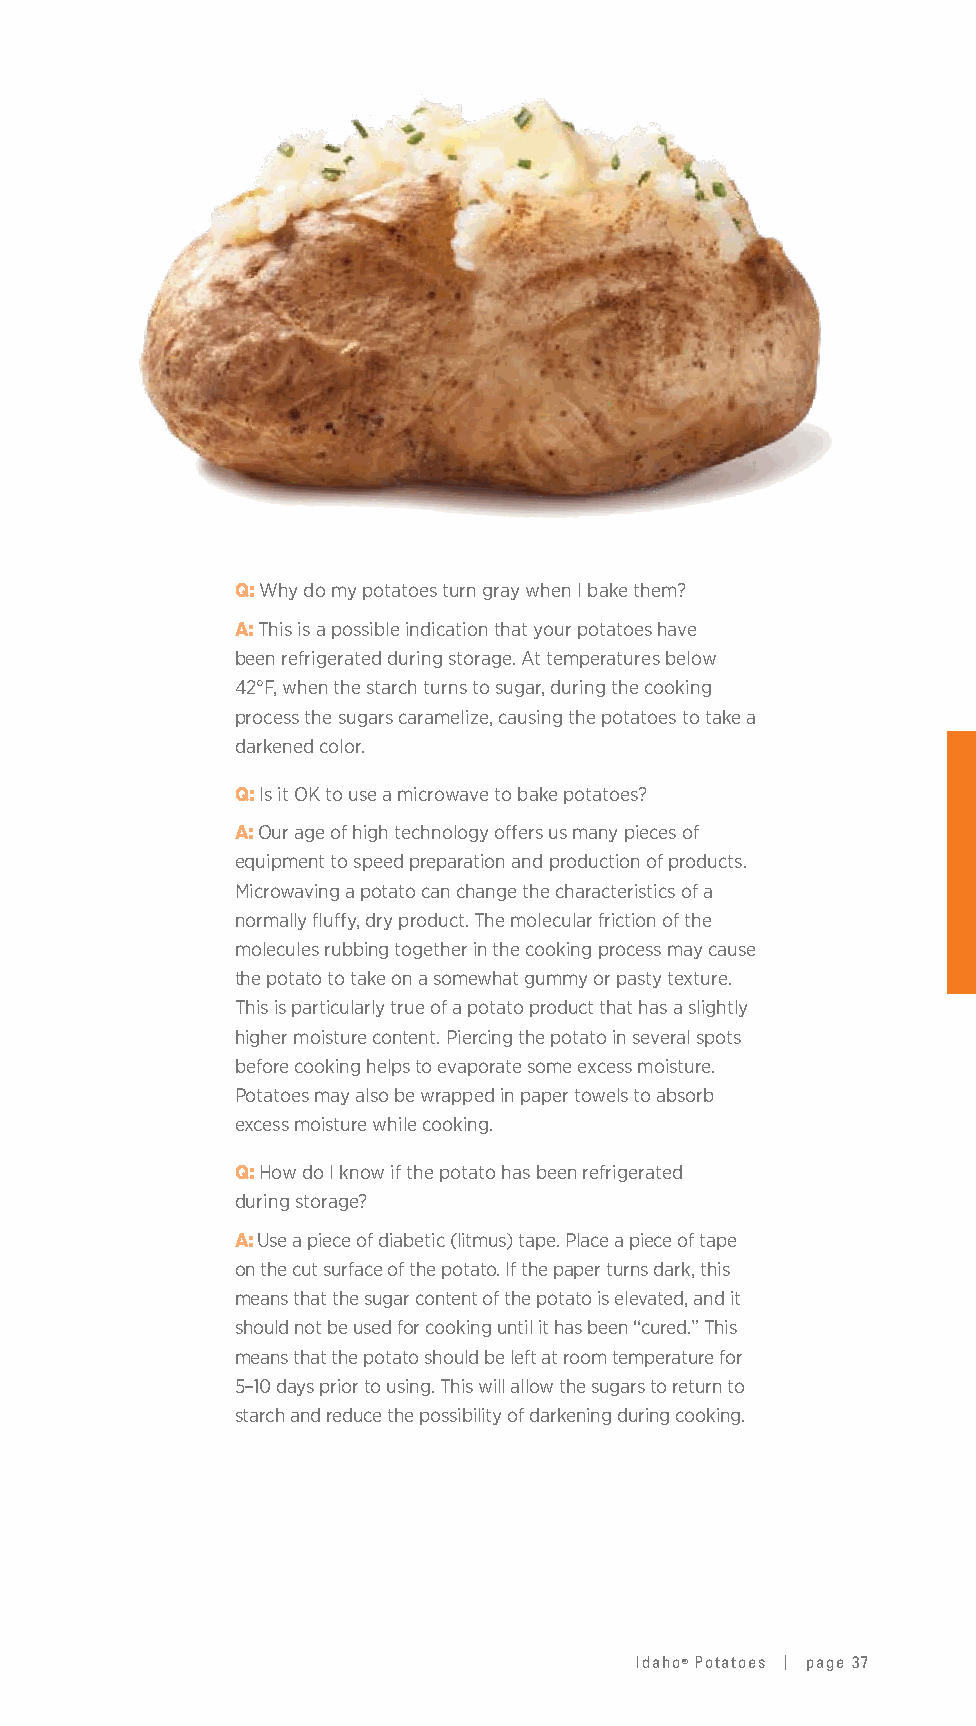
Q: Why do my potatoes turn gray when I bake them?
 A: This is a possible indication that your potatoes have
 been refrigerated during storage. At temperatures below
 42°F, when the starch turns to sugar, during the cooking
 process the sugars caramelize, causing the potatoes to take a
 darkened color.
 Q: Is it OK to use a microwave to bake potatoes?
 A: Our age of high technology offers us many pieces of
 equipment to speed preparation and production of products.
 Microwaving a potato can change the characteristics of a
 normally fluffy, dry product. The molecular friction of the
 molecules rubbing together in the cooking process may cause
 the potato to take on a somewhat gummy or pasty texture.
 This is particularly true of a potato product that has a slightly
 higher moisture content. Piercing the potato in several spots
 before cooking helps to evaporate some excess moisture.
 Potatoes may also be wrapped in paper towels to absorb
 excess moisture while cooking.
 Q: How do I know if the potato has been refrigerated
 during storage?
 A: Use a piece of diabetic (litmus) tape. Place a piece of tape
 on the cut surface of the potato. If the paper turns dark, this
 means that the sugar content of the potato is elevated, and it
 should not be used for cooking until it has been “cured.” This
 means that the potato should be left at room temperature for
 5–10 days prior to using. This will allow the sugars to return to
 starch and reduce the possibility of darkening during cooking.
 Idaho® Potatoes | page 37